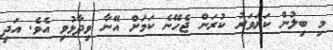
މި ބިލުން ކަށަވަރު ކުރަން ޖެހޭނެ ކަަމަށް އޭނާ ވިދާޅުވި އެވެ. އަދި